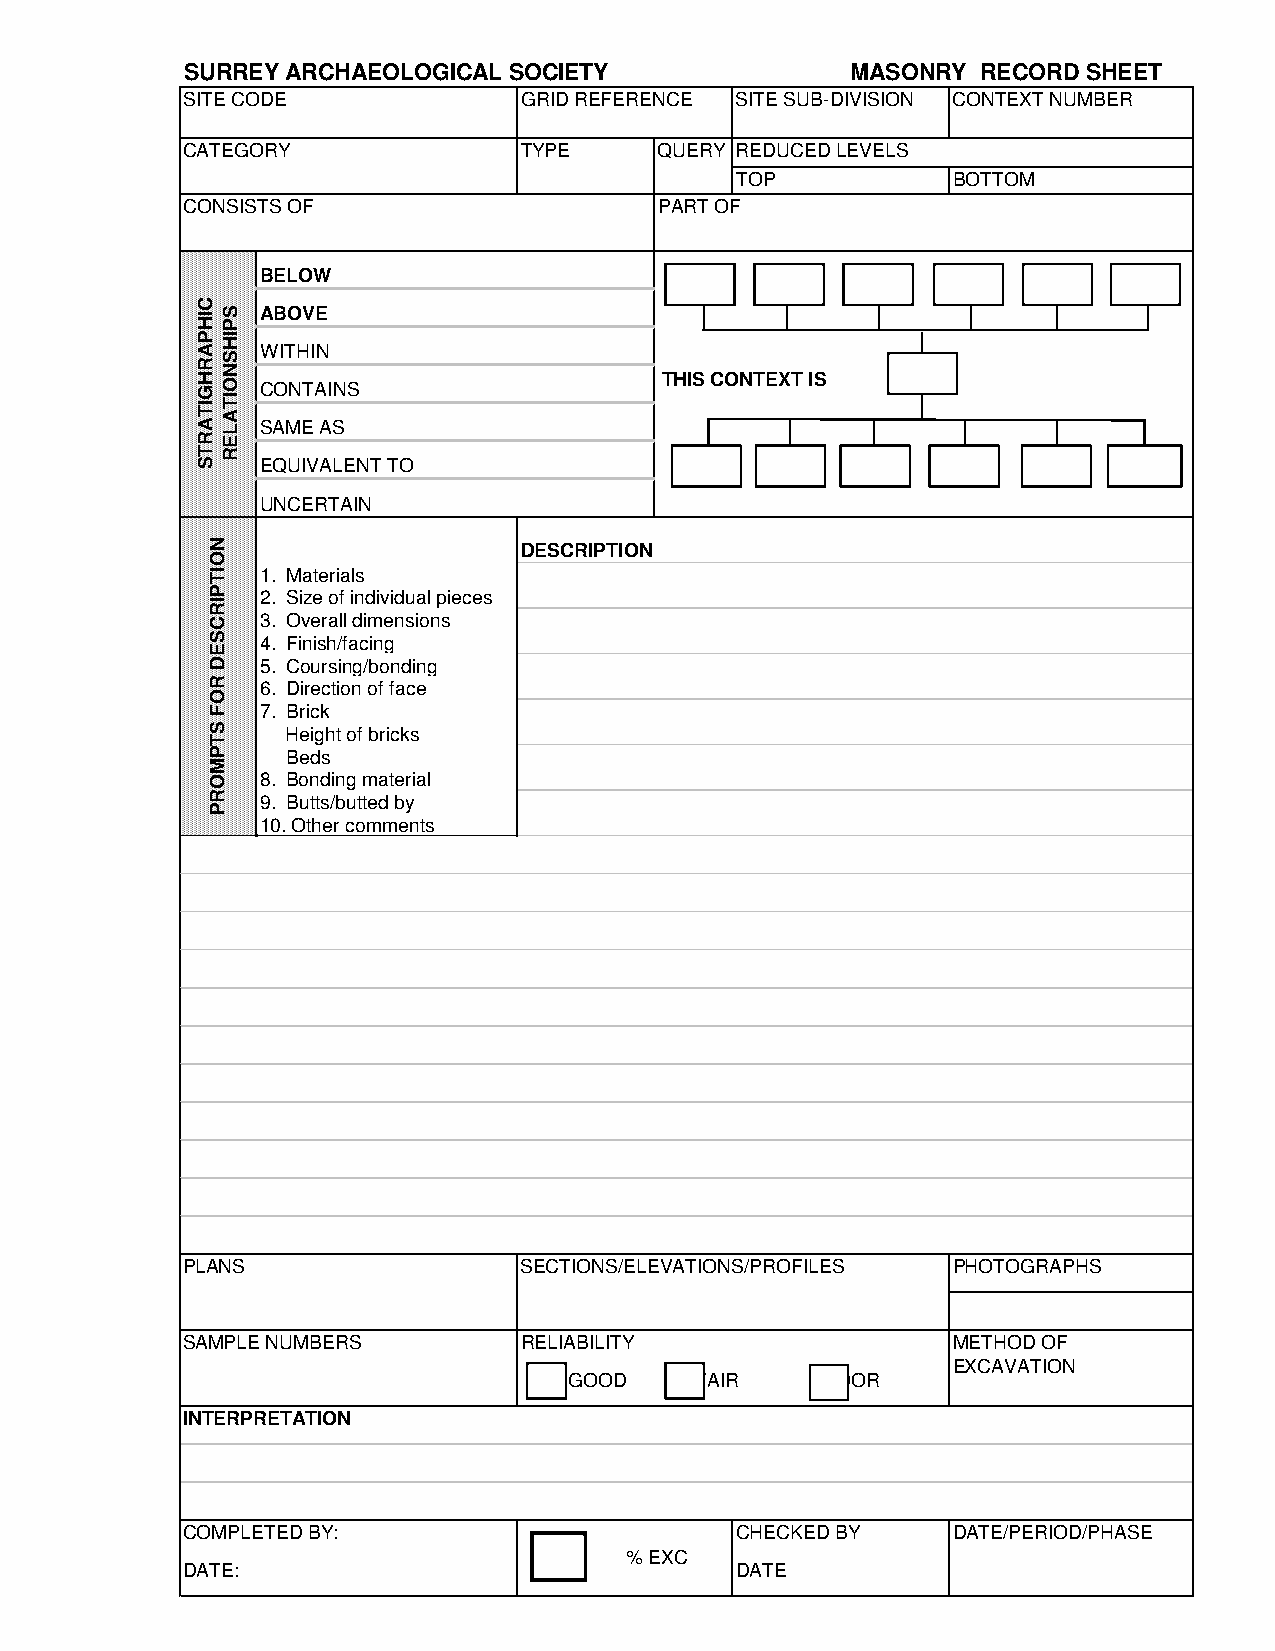
SURREY ARCHAEOLOGICAL SOCIETY               MASONRY  RECORD SHEET
 SITE CODE             GRID REFERENCE SITE SUB-DIVISION CONTEXT NUMBER
 CATEGORY              TYPE      QUERY REDUCED LEVELS
 TOP           BOTTOM
 CONSISTS OF                     PART OF
 BELOW
 ABOVE
 WITHIN
 THIS CONTEXT IS
 CONTAINS
 SAME AS
 EQUIVALENT TO
 UNCERTAIN
 DESCRIPTION
 1. Materials
 2. Size of individual pieces
 3. Overall dimensions
 4. Finish/facing
 5. Coursing/bonding
 6. Direction of face
 7. Brick
 Height of bricks
 Beds
 8. Bonding material
 9. Butts/butted by
 10. Other comments
 PLANS                 SECTIONS/ELEVATIONS/PROFILES PHOTOGRAPHS
 SAMPLE NUMBERS        RELIABILITY                  METHOD OF
 EXCAVATION
 GOOD    FAIR     POOR
 INTERPRETATION
 COMPLETED BY:                        CHECKED BY    DATE/PERIOD/PHASE
 % EXC
 DATE:                                DATE
 CIHPARHGITARTS
 NOITPIRCSED
 ROF
 STPMORP
 SPIHSNOITALER